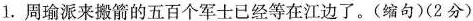
1. 周瑜派来搬箭的五百个军士已经等在江边了。(缩句)(2分)